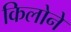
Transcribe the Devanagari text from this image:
किलोने